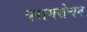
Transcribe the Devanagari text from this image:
परागसेचन